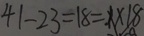
4 1 - 2 3 = 1 8 = 1 \times 1 8